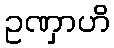
ဥဏှာဟိ